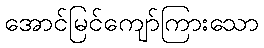
အောင်မြင်ကျော်ကြားသော